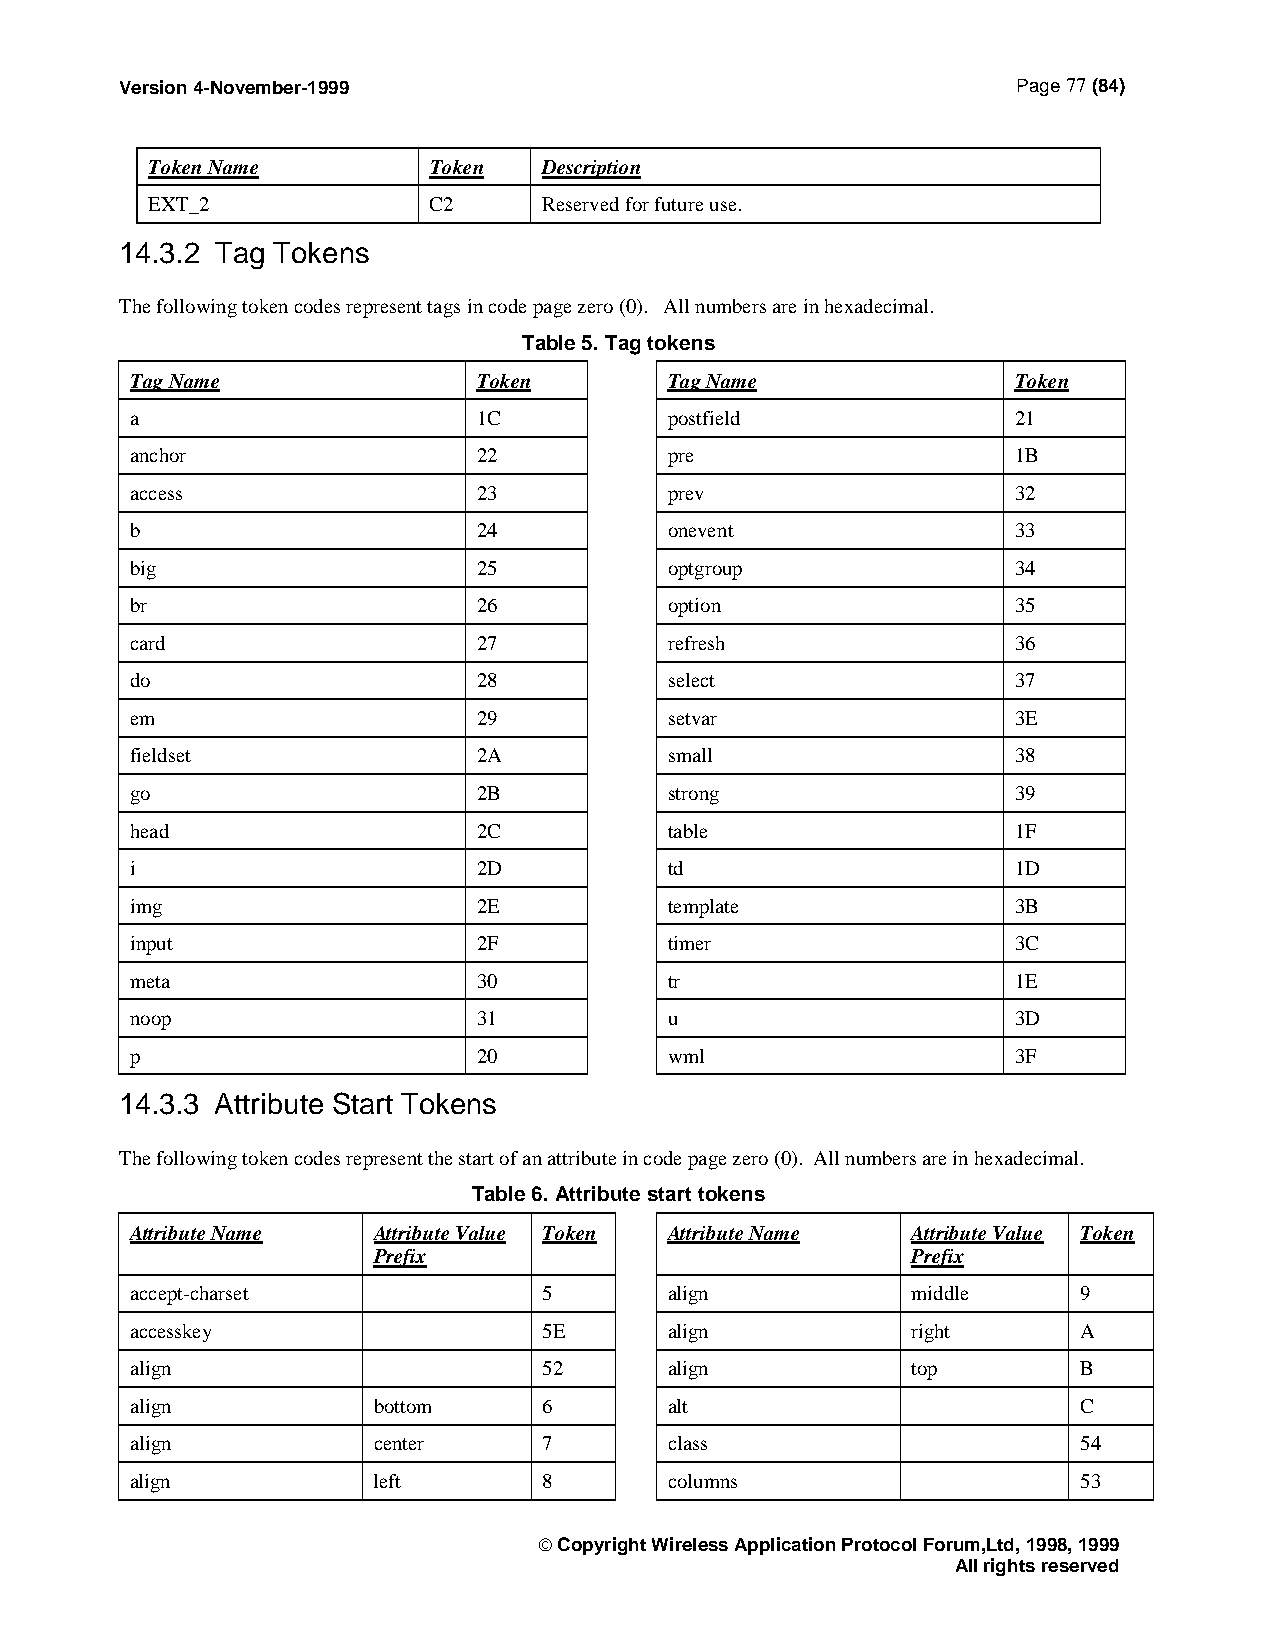
Version 4-November-1999                                    Page 77 (84)
 Token Name        Token   Description
 EXT_2             C2      Reserved for future use.
 14.3.2 Tag Tokens
 The following token codes represent tags in code page zero (0). All numbers are in hexadecimal.
 Table 5. Tag tokens
 Tag Name               Token       Tag Name               Token
 a                      1C          postfield              21
 anchor                 22          pre                    1B
 access                 23          prev                   32
 b                      24          onevent                33
 big                    25          optgroup               34
 br                     26          option                 35
 card                   27          refresh                36
 do                     28          select                 37
 em                     29          setvar                 3E
 fieldset               2A          small                  38
 go                     2B          strong                 39
 head                   2C          table                  1F
 i                      2D          td                     1D
 img                    2E          template               3B
 input                  2F          timer                  3C
 meta                   30          tr                     1E
 noop                   31          u                      3D
 p                      20          wml                    3F
 14.3.3 Attribute Start Tokens
 The following token codes represent the start of an attribute in code page zero (0). All numbers are in hexadecimal.
 Table 6. Attribute start tokens
 Attribute Name  Attribute Value Token Attribute Name Attribute Value Token
 Prefix                             Prefix
 accept-charset             5       align           middle      9
 accesskey                  5E      align           right       A
 align                      52      align           top         B
 align           bottom     6       alt                         C
 align           center     7       class                       54
 align           left       8       columns                     53
  Copyright Wireless Application Protocol Forum,Ltd, 1998, 1999
 All rights reserved